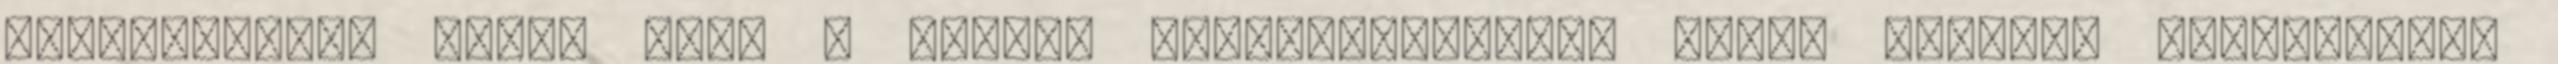
számíthatunk arra, hogy a ciklus fejlesztéseiről szóló majdani vizsgálatok